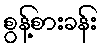
စွန့်စားခန်း